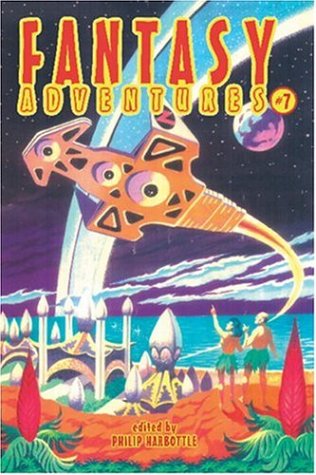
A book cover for Fantasy Adventures; Science Fiction & Fantasy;